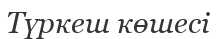
Түркеш көшесі